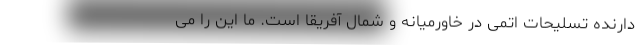
دارنده تسلیحات اتمی در خاورمیانه و شمال آفریقا است. ما این را می‌